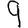
Digit: 9